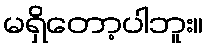
မရှိတော့ပါဘူး။